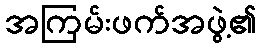
အကြမ်းဖက်အဖွဲ့၏